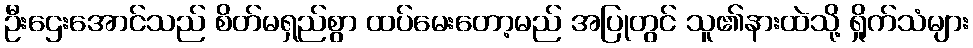
ဦးဌေးအောင်သည် စိတ်မရှည်စွာ ထပ်မေးတော့မည် အပြုတွင် သူ၏နားထဲသို့ ရှိုက်သံများ